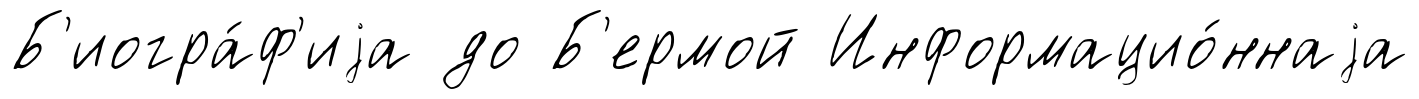
Б'иогра́ф'иjа до Б'ермой Информацио́ннаjа